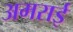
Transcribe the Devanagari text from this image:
अमराई